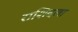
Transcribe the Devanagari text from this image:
राशिदला